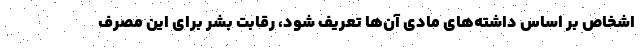
اشخاص بر اساس داشته‌های مادی آن‌ها تعریف شود، رقابت بشر برای این مصرف